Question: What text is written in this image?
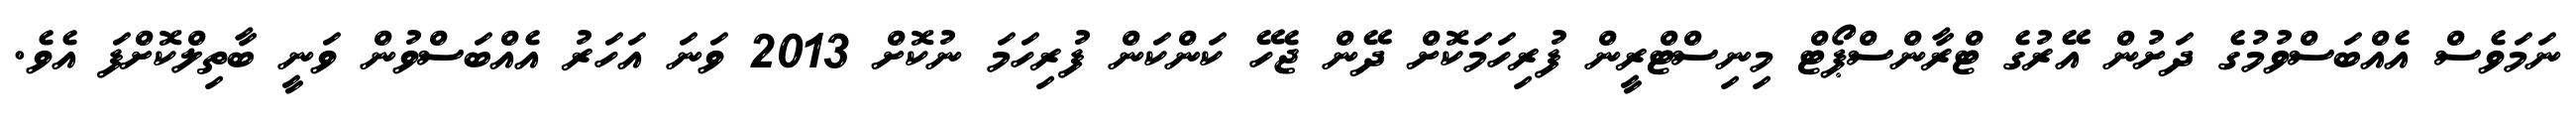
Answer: ނަމަވެސް އެއްބަސްވުމުގެ ދަށުން އޭރުގެ ޓްރާންސްޕޯޓް މިނިސްޓްރީން ފުރިހަމަކޮށް ދޭން ޖެހޭ ކަންކަން ފުރިހަމަ ނުކޮށް 2013 ވަނަ އަހަރު އެއްބަސްވުން ވަނީ ބާތިލްކޮށްފަ އެވެ.